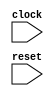
module Timing_Control_Synchronization(
    input wire clock,
    input wire reset,
    // add other input and output signals here as needed
);

// clock generation and frequency adjustment logic here

// logic for managing communication between processor core and external devices

// pipelining and buffering logic here

// logic for managing data transfers between processor and memory

// other components and logic as needed

endmodule